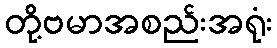
တို့ဗမာအစည်းအရုံး